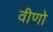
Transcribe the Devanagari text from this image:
वीणो